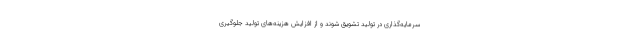
سرمایه‌گذاری در تولید تشویق شوند و از افزایش هزینه‌های تولید جلوگیری